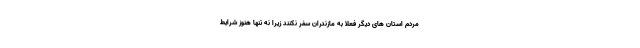
مردم استان های دیگر فعلا به مازندران سفر نکنند زیرا نه تنها هنوز شرایط